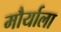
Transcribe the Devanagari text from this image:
मौर्याला